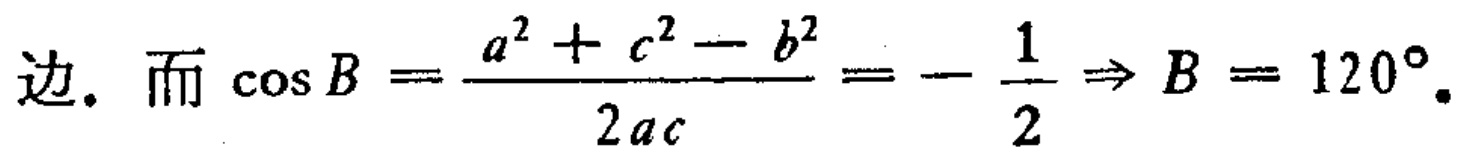
边. 而 $\cos B=\frac{a^{2}+c^{2}-b^{2}}{2 a c}=-\frac{1}{2} \Rightarrow B = 120^{\circ}$.